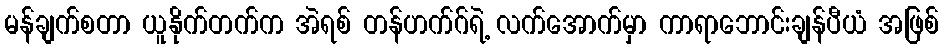
မန်ချက်စတာ ယူနိုက်တက်က အဲရစ် တန်ဟက်ဂ်ရဲ့ လက်အောက်မှာ ကာရာဘောင်းချန်ပီယံ အဖြစ်